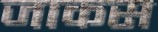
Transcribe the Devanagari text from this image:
जाकस